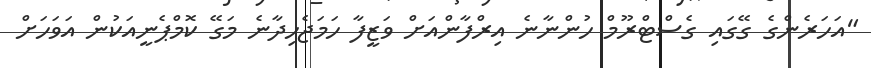
"އަހަރެންގެ ގޭގައި ގެސްޓްރޫމް ހުންނާނެ އިރްފާންއަށް ވަޒީފާ ހަމަޖެހިދާނެ މަގޭ ކޮމްޕެނީއަކުން އަވަހަށް